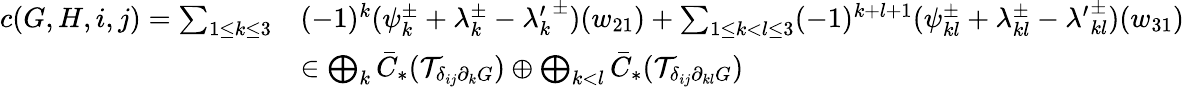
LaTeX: \begin{array}{rl}{c(G,H,i,j)=\sum_{1\leq k\leq 3}}&{(-1)^{k}(\psi_{k}^{\pm}+\lambda_{k}^{\pm}-{\lambda_{k}^{\prime}}^{\pm})(w_{21})+\sum_{1\leq k<l\leq 3}(-1)^{k+l+1}(\psi_{kl}^{\pm}+\lambda_{kl}^{\pm}-{\lambda^{\prime}}_{kl}^{\pm})(w_{31})}\\ &{\in\bigoplus_{k}\bar{C}_{*}(\mathcal{T}_{\delta_{ij}\partial_{k}G})\oplus\bigoplus_{k<l}\bar{C}_{*}(\mathcal{T}_{\delta_{ij}\partial_{kl}G})}\end{array}